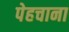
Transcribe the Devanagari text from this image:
पेहचाना